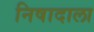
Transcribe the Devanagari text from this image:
निषादाला